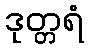
ဒုတ္တရံ